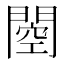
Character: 𰿢